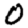
Digit: 0